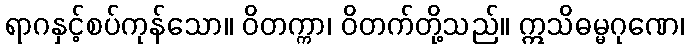
ရာဂနှင့်စပ်ကုန်သော။ ဝိတက္ကာ၊ ဝိတက်တို့သည်။ ဣသိဓမ္မဂုဏေ၊